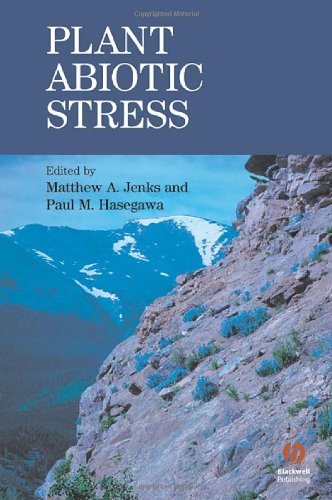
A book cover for Plant Abiotic Stress; Science & Math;